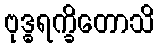
ဗုဒ္ဓရက္ခိတောသိ